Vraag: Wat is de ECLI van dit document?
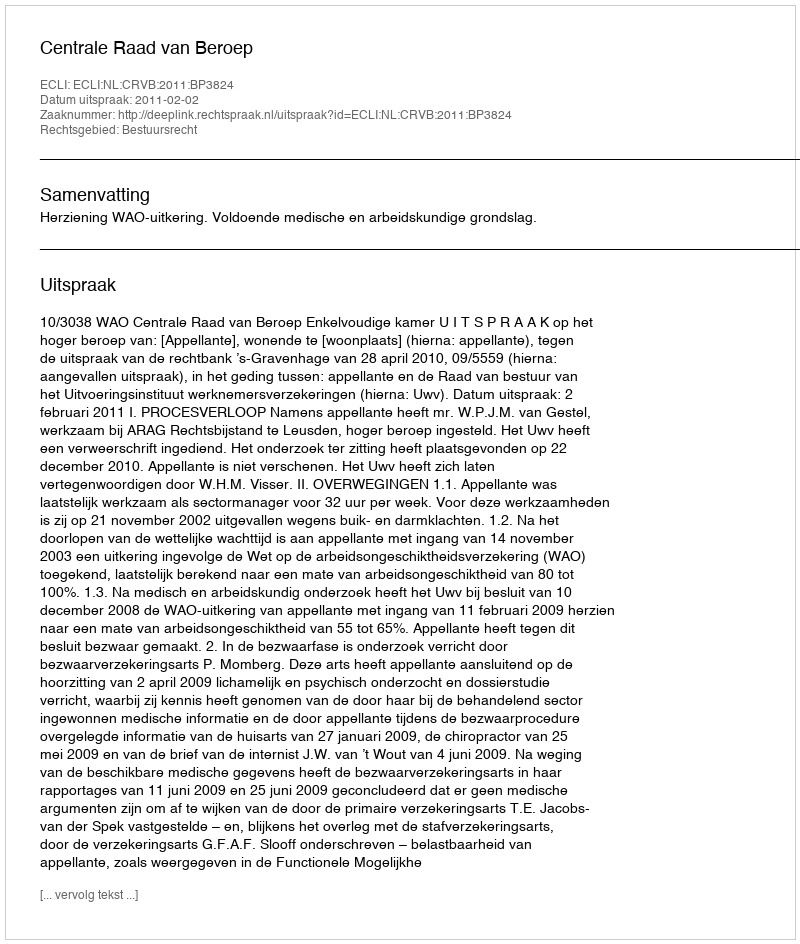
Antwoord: ECLI:NL:CRVB:2011:BP3824